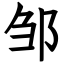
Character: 邹